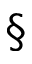
\S